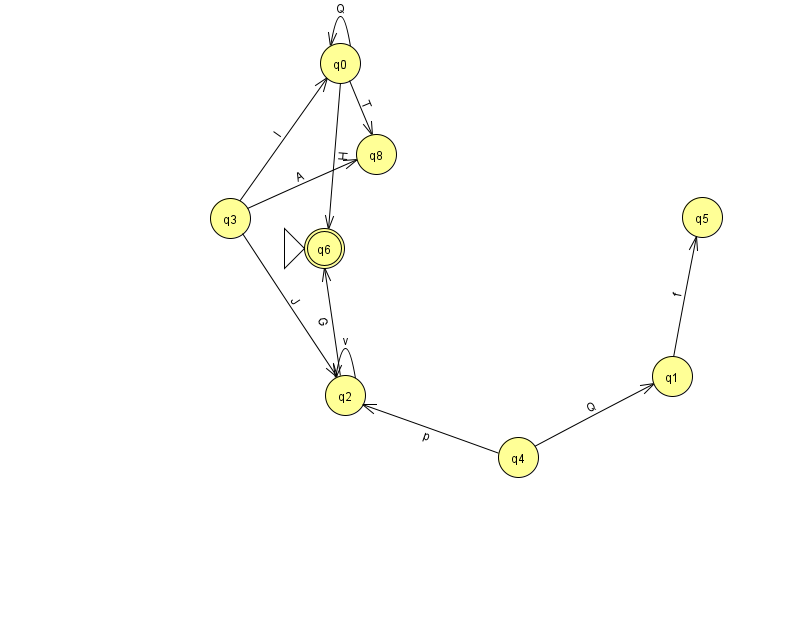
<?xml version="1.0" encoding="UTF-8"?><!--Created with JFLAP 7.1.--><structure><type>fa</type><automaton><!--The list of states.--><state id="0" name="q0"><x>340.0</x><y>50.0</y></state><state id="1" name="q1"><x>672.0</x><y>363.0</y></state><state id="2" name="q2"><x>345.0</x><y>382.0</y></state><state id="3" name="q3"><x>230.0</x><y>205.0</y></state><state id="4" name="q4"><x>518.0</x><y>444.0</y></state><state id="5" name="q5"><x>702.0</x><y>204.0</y></state><state id="6" name="q6"><x>324.0</x><y>235.0</y><initial/><final/></state><state id="8" name="q8"><x>376.0</x><y>141.0</y></state><!--The list of transitions.--><transition><from>0</from><to>0</to><read>Q</read></transition><transition><from>3</from><to>8</to><read>A</read></transition><transition><from>3</from><to>2</to><read>J</read></transition><transition><from>4</from><to>2</to><read>p</read></transition><transition><from>0</from><to>8</to><read>T</read></transition><transition><from>2</from><to>2</to><read>v</read></transition><transition><from>1</from><to>5</to><read>f</read></transition><transition><from>2</from><to>6</to><read>G</read></transition><transition><from>3</from><to>0</to><read>l</read></transition><transition><from>0</from><to>6</to><read>H</read></transition><transition><from>4</from><to>1</to><read>Q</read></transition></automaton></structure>